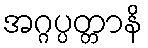
အဂ္ဂပ္ပတ္တာနိ